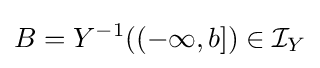
B=Y^{-1}((-\infty ,b])\in {\mathcal {I}}_{Y}